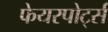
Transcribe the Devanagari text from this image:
फेयरपोर्ट्स